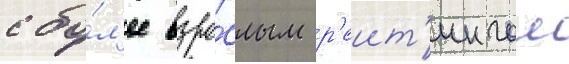
с бо́л'ее взро́слым р'еит'ингом